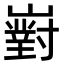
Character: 𡽵